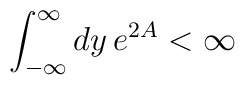
\int_{-\infty} ^{\infty} dy \, e^{2A} < \infty